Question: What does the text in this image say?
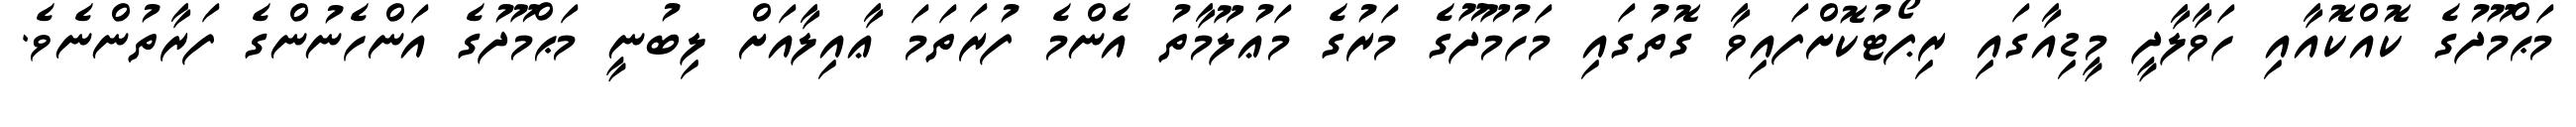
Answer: މަޙްމޫދުގެ ކޮއްކޮއާއި ހަވާލާދީ މީޑިއާގައި ރިޕޯޓުކޮށްފައިވާ ގޮތުގައި މަހުމޫދޫގެ މަރުގެ މަޢުލޫމާތު އެންމެ ފުރަތަމަ ޢާއިލާއަށް ލިބުނީ މަޙްމޫދުގެ އަންހެނުންގެ ފަރާތުންނެވެ.